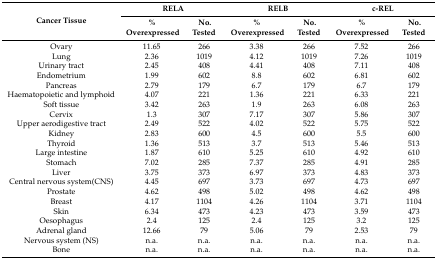
<table><thead><tr><td rowspan="2"><b>Cancer Tissue</b></td><td colspan="2"><b>RELA</b></td><td colspan="2"><b>RELB</b></td><td colspan="2"><b>c-REL</b></td></tr><tr><td><b>% Overexpressed</b></td><td><b>No. Tested</b></td><td><b>% Overexpressed</b></td><td><b>No. Tested</b></td><td><b>% Overexpressed</b></td><td><b>No. Tested</b></td></tr></thead><tbody><tr><td>Ovary</td><td>11.65</td><td>266</td><td>3.38</td><td>266</td><td>7.52</td><td>266</td></tr><tr><td>Lung</td><td>2.36</td><td>1019</td><td>4.12</td><td>1019</td><td>7.26</td><td>1019</td></tr><tr><td>Urinary tract</td><td>2.45</td><td>408</td><td>4.41</td><td>408</td><td>7.11</td><td>408</td></tr><tr><td>Endometrium</td><td>1.99</td><td>602</td><td>8.8</td><td>602</td><td>6.81</td><td>602</td></tr><tr><td>Pancreas</td><td>2.79</td><td>179</td><td>6.7</td><td>179</td><td>6.7</td><td>179</td></tr><tr><td>Haematopoietic and lymphoid</td><td>4.07</td><td>221</td><td>1.36</td><td>221</td><td>6.33</td><td>221</td></tr><tr><td>Soft tissue</td><td>3.42</td><td>263</td><td>1.9</td><td>263</td><td>6.08</td><td>263</td></tr><tr><td>Cervix</td><td>1.3</td><td>307</td><td>7.17</td><td>307</td><td>5.86</td><td>307</td></tr><tr><td>Upper aerodigestive tract</td><td>2.49</td><td>522</td><td>4.02</td><td>522</td><td>5.75</td><td>522</td></tr><tr><td>Kidney</td><td>2.83</td><td>600</td><td>4.5</td><td>600</td><td>5.5</td><td>600</td></tr><tr><td>Thyroid</td><td>1.36</td><td>513</td><td>3.7</td><td>513</td><td>5.46</td><td>513</td></tr><tr><td>Large intestine</td><td>1.87</td><td>610</td><td>5.25</td><td>610</td><td>4.92</td><td>610</td></tr><tr><td>Stomach</td><td>7.02</td><td>285</td><td>7.37</td><td>285</td><td>4.91</td><td>285</td></tr><tr><td>Liver</td><td>3.75</td><td>373</td><td>6.97</td><td>373</td><td>4.83</td><td>373</td></tr><tr><td>Central nervous system(CNS)</td><td>4.45</td><td>697</td><td>3.73</td><td>697</td><td>4.73</td><td>697</td></tr><tr><td>Prostate</td><td>4.62</td><td>498</td><td>5.02</td><td>498</td><td>4.62</td><td>498</td></tr><tr><td>Breast</td><td>4.17</td><td>1104</td><td>4.26</td><td>1104</td><td>3.71</td><td>1104</td></tr><tr><td>Skin</td><td>6.34</td><td>473</td><td>4.23</td><td>473</td><td>3.59</td><td>473</td></tr><tr><td>Oesophagus</td><td>2.4</td><td>125</td><td>2.4</td><td>125</td><td>3.2</td><td>125</td></tr><tr><td>Adrenal gland</td><td>12.66</td><td>79</td><td>5.06</td><td>79</td><td>2.53</td><td>79</td></tr><tr><td>Nervous system (NS)</td><td>n.a.</td><td>n.a.</td><td>n.a.</td><td>n.a.</td><td>n.a.</td><td>n.a.</td></tr><tr><td>Bone</td><td>n.a.</td><td>n.a.</td><td>n.a.</td><td>n.a.</td><td>n.a.</td><td>n.a.</td></tr></tbody></table>